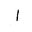
Letter: _alif